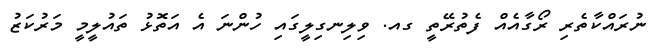
ނުރައްކާތެރި ރޯގާއެއް ފެތުރޭތީ ގއ. ވިލިނގިލީގައި ހުންނަ އެ އަތޮޅު ތައުލީމީ މަރުކަޒު